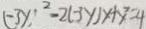
( - 3 y ) ^ { 2 } - 2 ( - 3 y ) x + y = 4